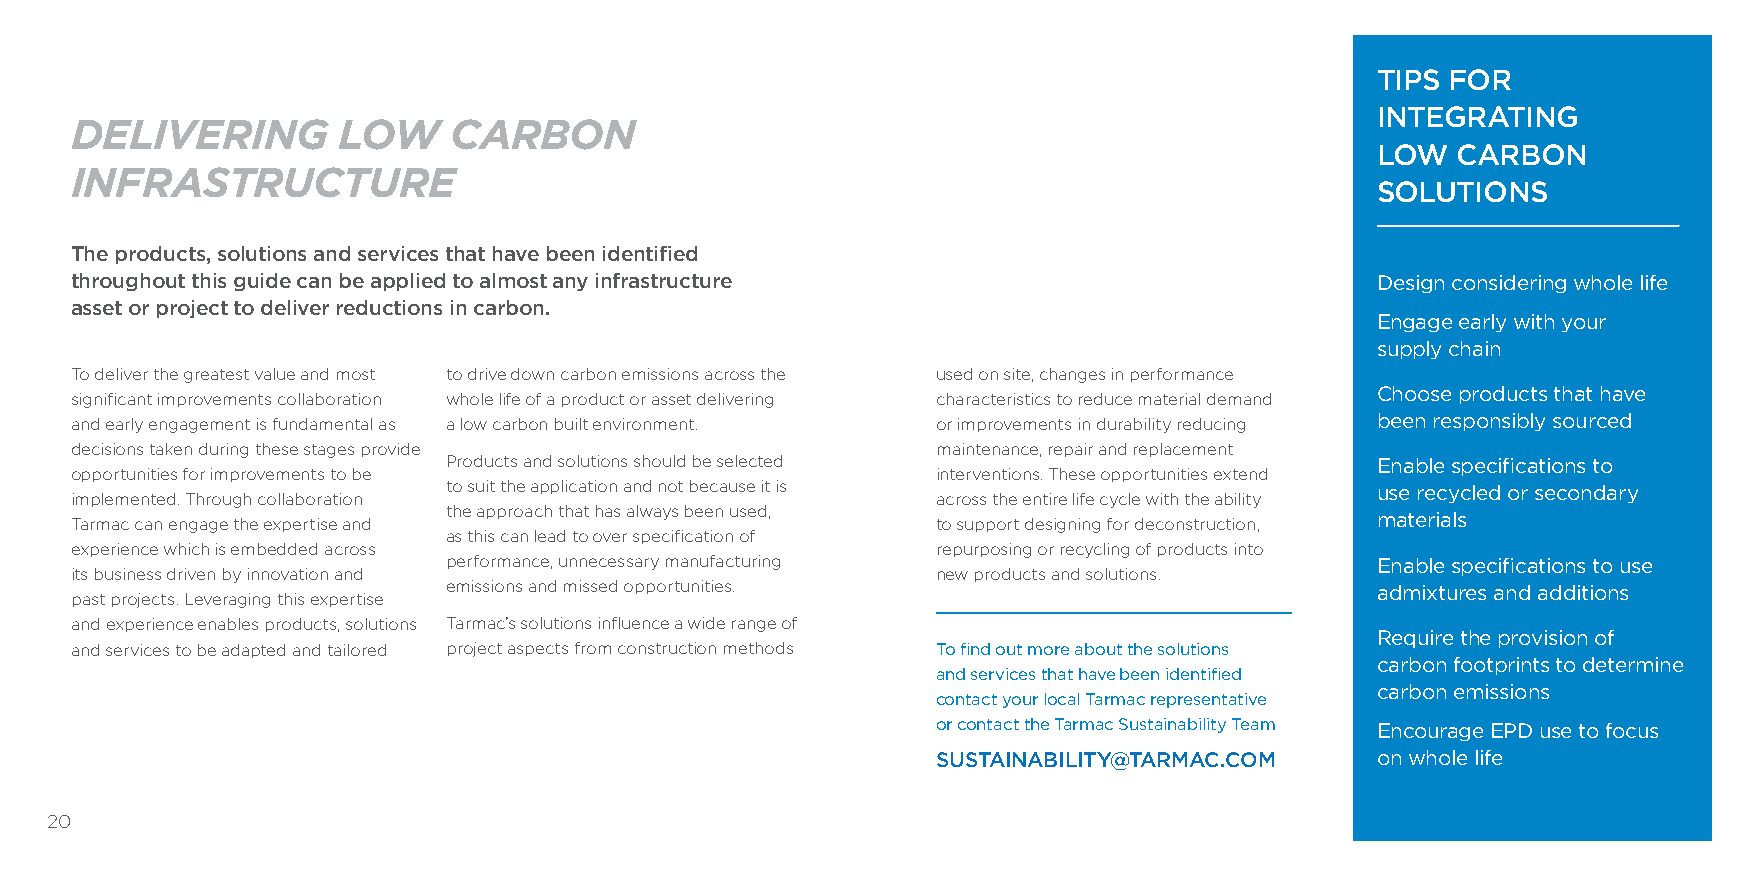
TIPS FOR
 INTEGRATING
 DELIVERING       LOW     CARBON
 LOW  CARBON
 INFRASTRUCTURE
 SOLUTIONS
 The products, solutions and services that have been identified
 throughout this guide can be applied to almost any infrastructure                     Design considering whole life
 asset or project to deliver reductions in carbon.
 Engage early with your
 supply chain
 To deliver the greatest value and most to drive down carbon emissions across the used on site, changes in performance
 Choose products that have
 significant improvements collaboration whole life of a product or asset delivering characteristics to reduce material demand
 and early engagement is fundamental as a low carbon built environment. or improvements in durability reducing been responsibly sourced
 decisions taken during these stages provide              maintenance, repair and replacement
 Products and solutions should be selected                    Enable specifications to
 opportunities for improvements to be                     interventions. These opportunities extend
 to suit the application and not because it is                use recycled or secondary
 implemented. Through collaboration                       across the entire life cycle with the ability
 the approach that has always been used,
 Tarmac can engage the expertise and                      to support designing for deconstruction, materials
 as this can lead to over specification of
 experience which is embedded across                      repurposing or recycling of products into
 performance, unnecessary manufacturing                       Enable specifications to use
 its business driven by innovation and                    new products and solutions.
 emissions and missed opportunities.                          admixtures and additions
 past projects. Leveraging this expertise
 and experience enables products, solutions Tarmac’s solutions influence a wide range of
 Require the provision of
 and services to be adapted and tailored project aspects from construction methods To find out more about the solutions
 carbon footprints to determine
 and services that have been identified
 carbon emissions
 contact your local Tarmac representative
 or contact the Tarmac Sustainability Team Encourage EPD use to focus
 SUSTAINABILITY@TARMAC.COM    on whole life
 20                                                                                                          21